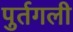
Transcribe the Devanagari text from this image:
पुर्तगली